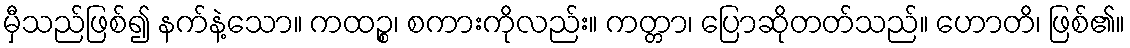
မှီသည်ဖြစ်၍ နက်နဲ့သော။ ကထဉ္စ၊ စကားကိုလည်း။ ကတ္တာ၊ ပြောဆိုတတ်သည်။ ဟောတိ၊ ဖြစ်၏။